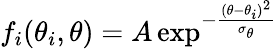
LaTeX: f_{i}(\theta_{i},\theta)=A\exp^{-\frac{(\theta-\theta_{i})^{2}}{\sigma_{\theta}}}